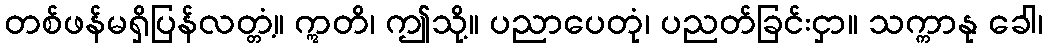
တစ်ဖန်မရှိပြန်လတ္တံ့။ ဣတိ၊ ဤသို့။ ပညာပေတုံ၊ ပညတ်ခြင်းငှာ။ သက္ကာနု ခေါ၊